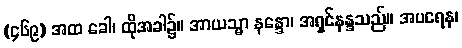
(၄၆၉) အထ ခေါ၊ ထိုအခါ၌။ အာယသ္မာ နန္ဒော၊ အရှင်နန္ဒသည်။ အပရေန၊